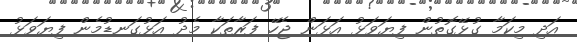
އަދި މިކަމާ ގުޅޭގޮތުން ފިޔަވަޅު އަޅަން ޖެހޭ ފަރާތަކާ މެދު އަޅުގަނޑުމެން ފިޔަވަޅު